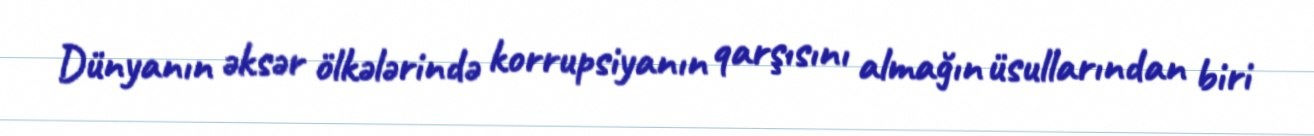
Dünyanın əksər ölkələrində korrupsiyanın qarşısını almağın üsullarından biri